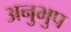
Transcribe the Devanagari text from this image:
अनुभुप